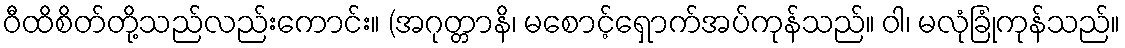
ဝီထိစိတ်တို့သည်လည်းကောင်း။ (အဂုတ္တာနိ၊ မစောင့်ရှောက်အပ်ကုန်သည်။ ဝါ၊ မလုံခြုံကုန်သည်။